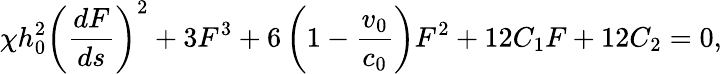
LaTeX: \chi h_{0}^{2}\left(\frac{dF}{ds}\right)^{2}+3F^{3}+6\left(1-\frac{v_{0}}{c_{0}}\right)F^{2}+12C_{1}F+12C_{2}=0,